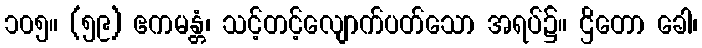
၁၀၅။ (၅၉) ဧကမန္တံ၊ သင့်တင့်လျောက်ပတ်သော အရပ်၌။ ဌိတော ခေါ၊